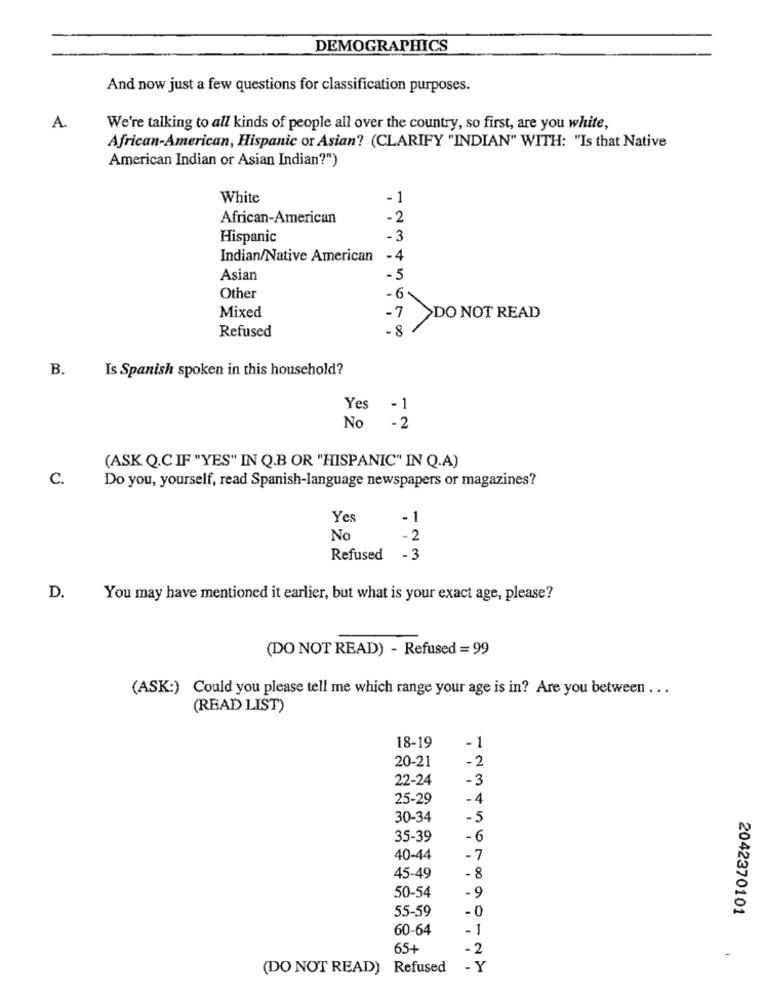
DEMOGRAPHICS
And now just a few questions for classification purposes.
A.
We're talking to all kinds of people all over the country, so first, are you white,
African-American, Hispanic or Asian? (CLARIFY "INDIAN" WITH: "Is that Native
American Indian or Asian Indian?")
White
-1
African-American
-2
Hispanic
-3
Indian/Native American
-4
Asian
-5
Other
- 6
Mixed
-7
DO NOT READ
Refused
- 8
B.
Is Spanish spoken in this household?
Yes -1
No
-2
(ASK Q.C IF "YES" IN Q.B OR "HISPANIC" IN Q.A)
C.
Do you, yourself, read Spanish-language newspapers or magazines?
Yes
-1
No
-2
Refused
-3
D.
You may have mentioned it earlier, but what is your exact age, please?
(DO NOT READ) - Refused = 99
(ASK:) Could you please tell me which range your age is in? Are you between ...
(READ LIST)
18-19
-1
-2
20-21
22-24
-3
25-29
-4
30-34
-5
35-39
-6
40-44
-7
45-49
-8
50-54
-9
55-59
-0
2042370101
60-64
-1
65+
-2
(DO NOT READ) Refused
- Y